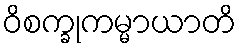
ဝိစက္ခုကမ္မာယာတိ